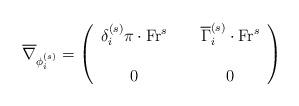
LaTeX: \begin{align*}\overline{\nabla}_{\phi_i^{(s)}}=\left(\begin{array}{ccc}\delta_i^{(s)}\pi\cdot \textup{Fr}^s &\ & \overline{\Gamma}_i^{(s)}\cdot \textup{Fr}^s\\\ & \ & \ \\0 & \ & 0 \end{array}\right)\end{align*}